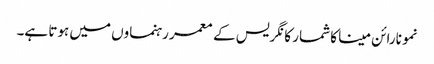
نمو نارائن مینا کا شمار کانگریس کے معمر رہنماوں میں ہوتا ہے۔